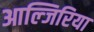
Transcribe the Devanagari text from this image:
आल्जिरिया